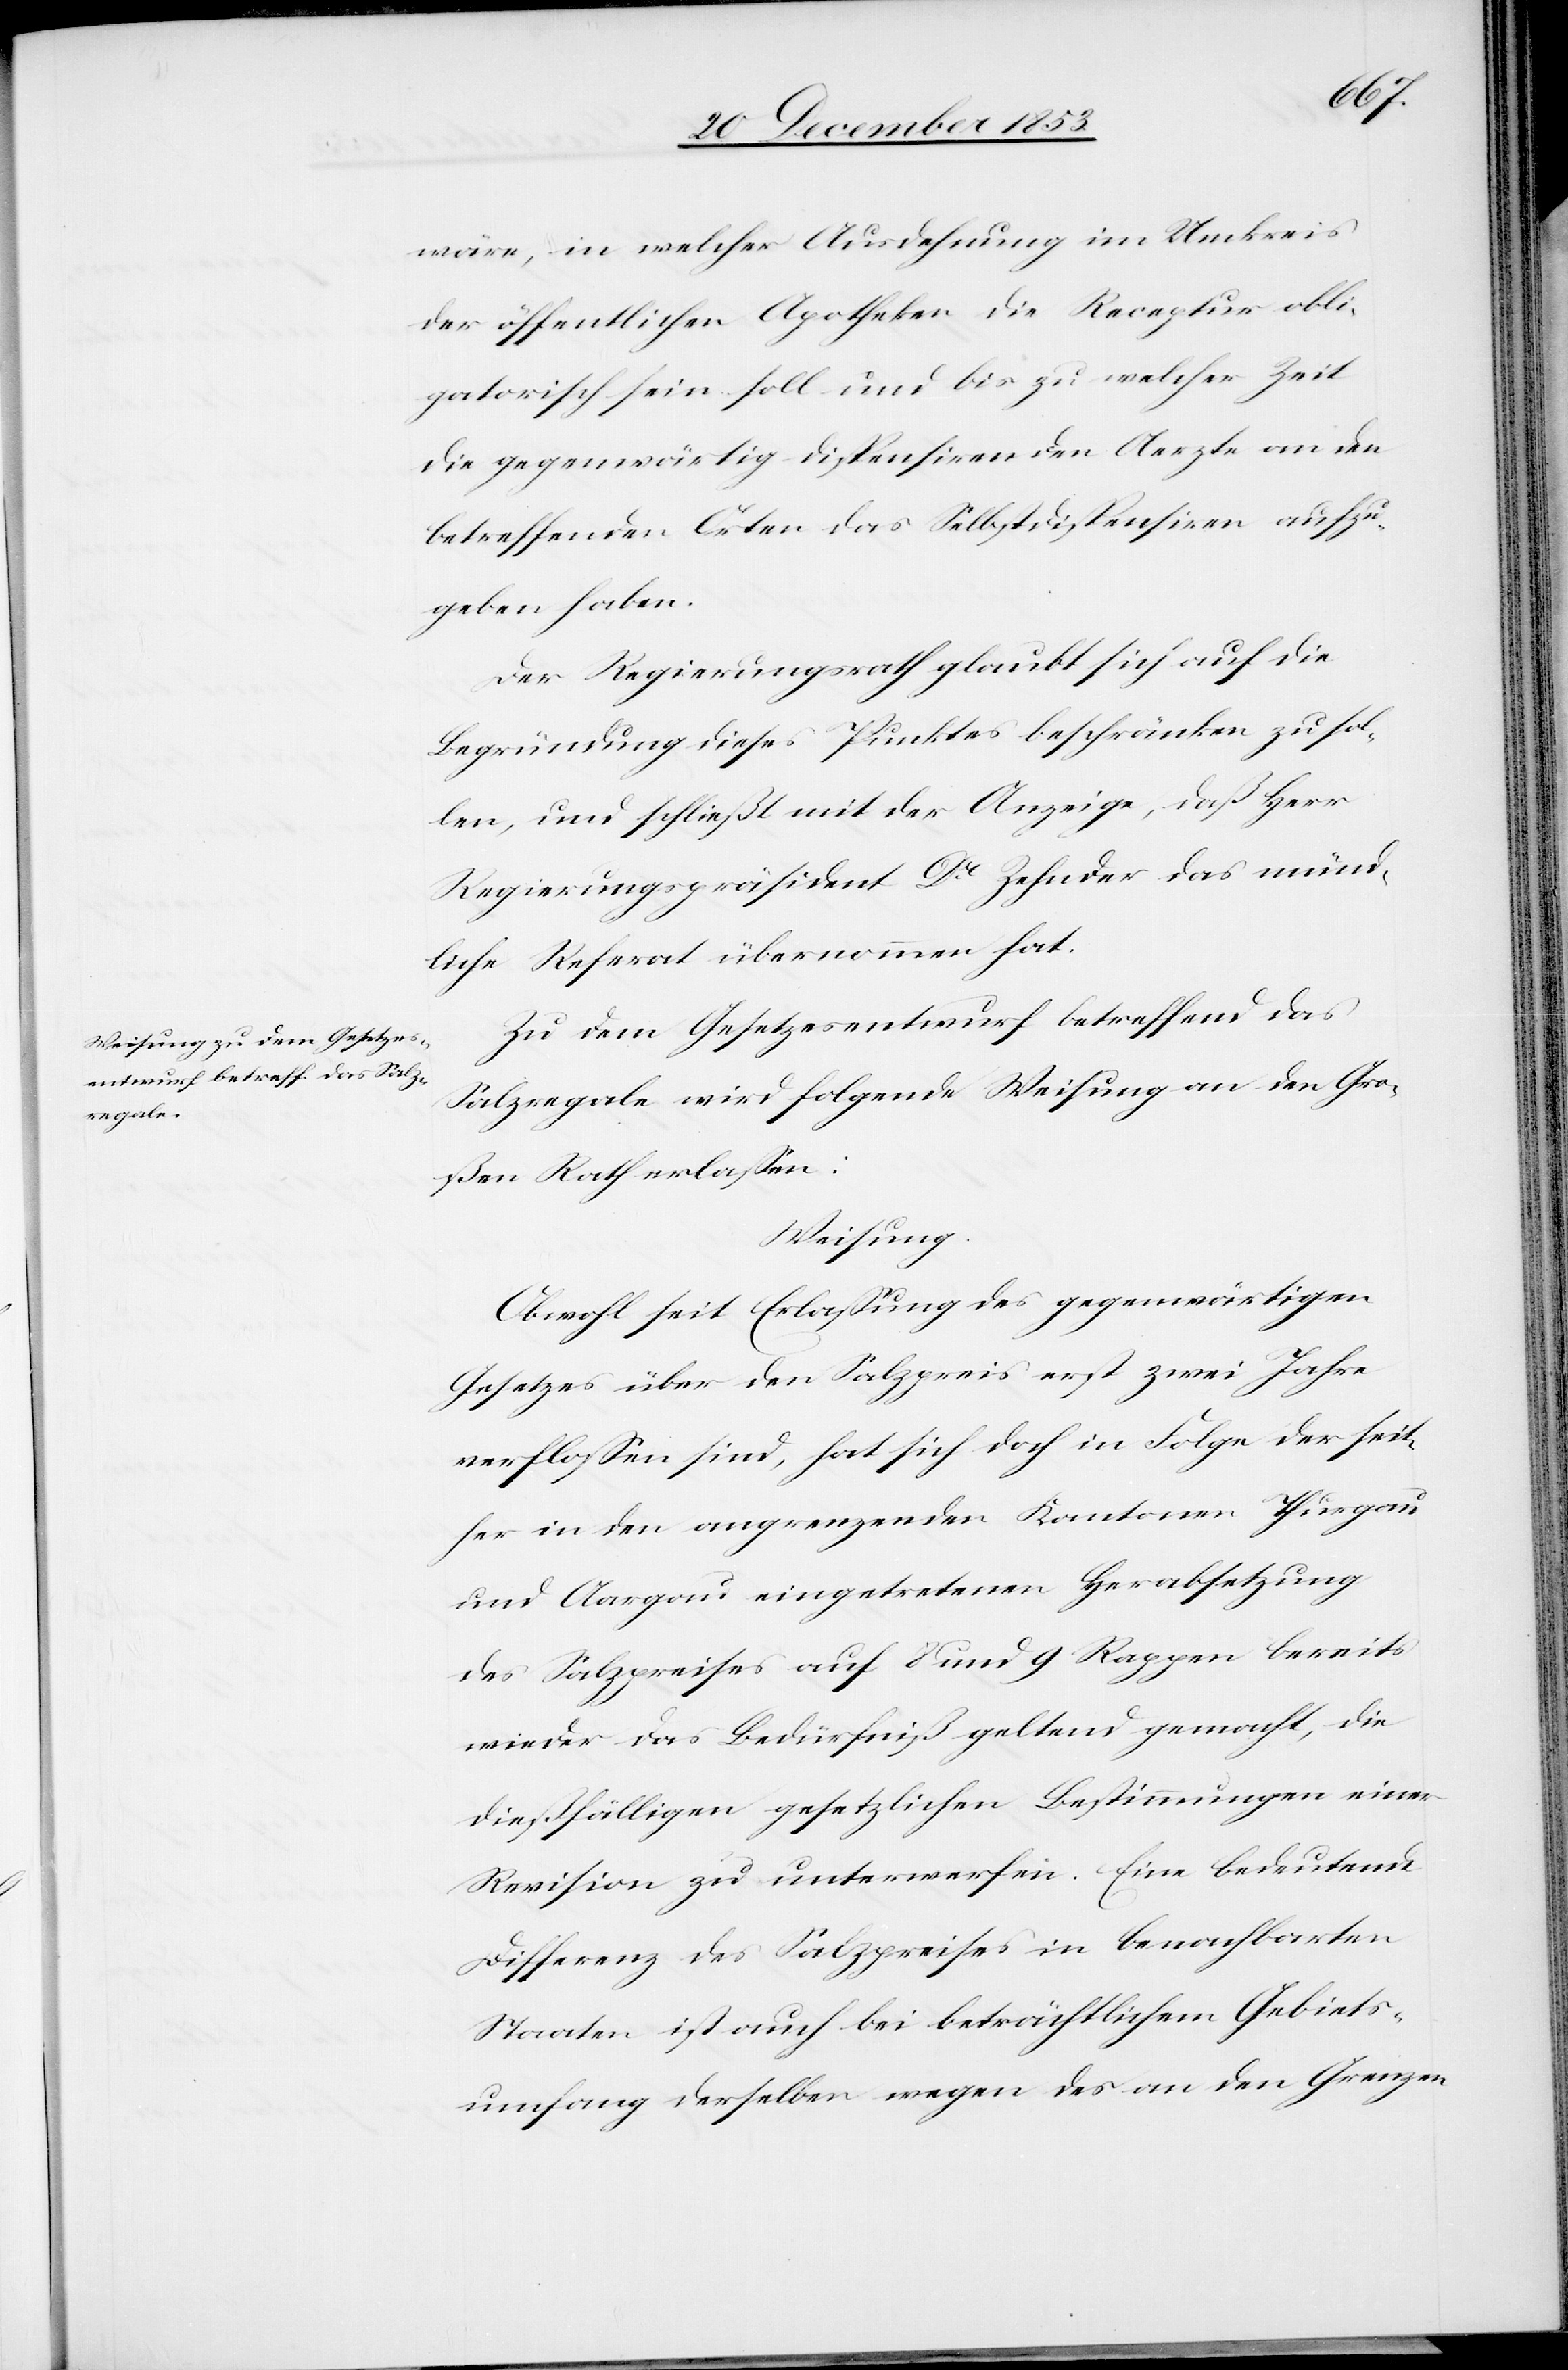
wäre, in welcher Ausdehnung im Umkreis
der öffentlichen Apotheker die Rezeptur obli¬
gatorisch sein soll und bis zu welcher Zeit
die gegenwärtig dispensirenden Aerzte an den
betreffenden Orten das Selbstdispensiren aufzu¬
geben haben.
Der Regierungsrath glaubt sich auf die
Begründung dieses Punktes beschränken zu sol¬
len, und schließt mit der Anzeige, daß Herr
Regierungspräsident Dr Zehnder das münd¬
liche Referat übernommen hat.
Zu dem Gesetzesentwurf betreffend das
Salzregale wird folgende Weisung an den Gro¬
ßen Rath erlaßen:
Weisung:
Obwohl seit Erlaßung des gegenwärtigen
Gesetzes über den Salzpreis erst zwei Jahre
verfloßen sind, hat sich doch in Folge der seit¬
her in den angrenzenden Kantonen Thurgau
und Aargau eingetretenen Herabsetzung
des Salzpreises auf 8 und 9 Rappen bereits
wieder das Bedürfniß geltend gemacht, die
dießfälligen gesetzlichen Bestimmungen einer
Revision zu unterwerfen. Eine bedeutende
Differenz des Salzpreises in benachbarten
Staaten ist auch bei beträchtlichem Gebiets¬
umfang derselben wegen des an den Grenzen